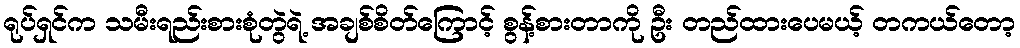
ရုပ်ရှင်က သမီးရည်းစားစုံတွဲရဲ့ အချစ်စိတ်ကြောင့် စွန့်စားတာကို ဦး တည်ထားပေမယ့် တကယ်တော့